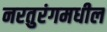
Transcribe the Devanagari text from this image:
नरतुरंगमधील